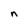
Character: n